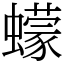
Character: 蠓